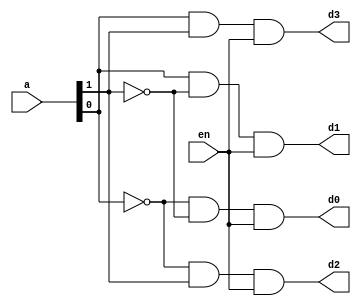

module decoder_2x4_df(d0,d1,d2,d3,a,en);
input en;
input [1:0]a;
output d0,d1,d2,d3;
assign d0= ~a[0] & ~a[1] & en;
assign d2= ~a[0] & a[1] & en;
assign d1= a[0] & ~a[1] & en;
assign d3= a[0] & a[1] & en;
endmodule